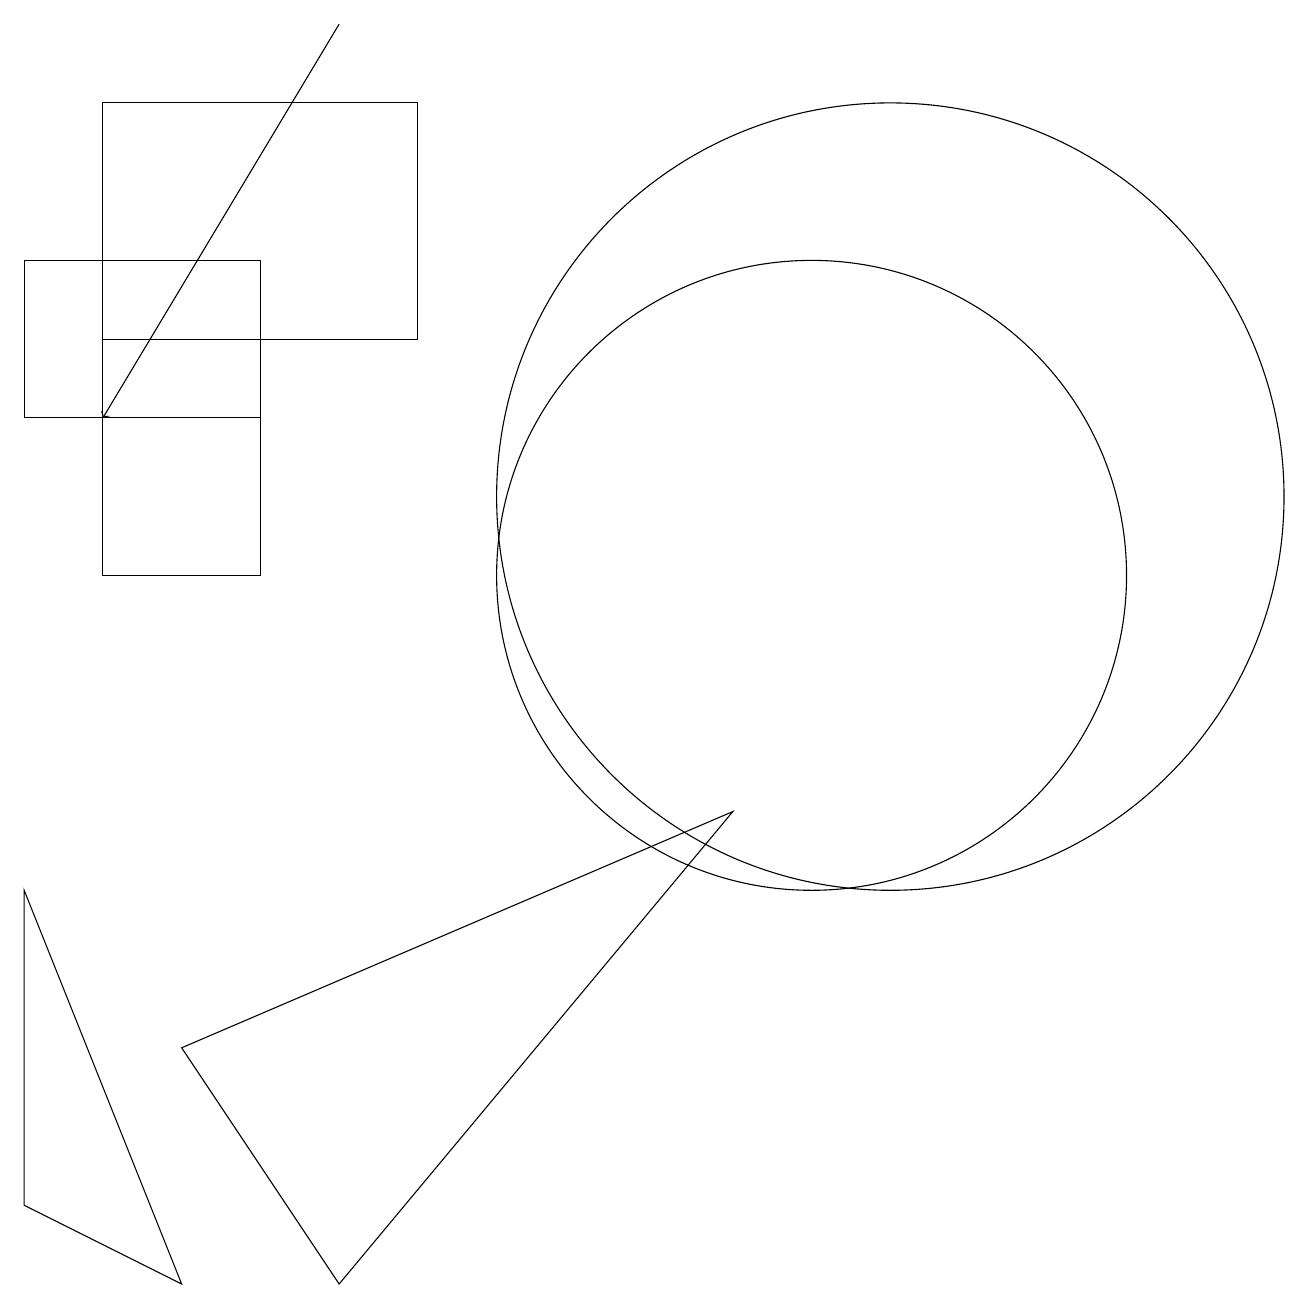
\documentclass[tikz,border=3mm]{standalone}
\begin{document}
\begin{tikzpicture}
\draw (4,2) -- (2,5) -- (9,8) -- cycle;
\draw[->] (4,18) -- (1,13);
\draw (10,11) circle (4);
\draw (1,15) rectangle (3,11);
\draw (0,13) rectangle (3,15);
\draw (11,12) circle (5);
\draw (2,2) -- (0,3) -- (0,7) -- cycle;
\draw (1,14) rectangle (5,17);
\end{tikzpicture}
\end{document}